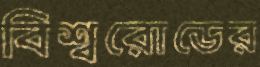
বিশ্বরোডের